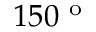
1 5 0 ^ { \mathrm { ~ o ~ } }